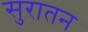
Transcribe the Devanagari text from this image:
सुरातन